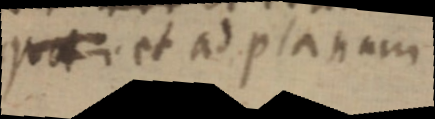
_ et ad planum